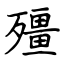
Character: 殭